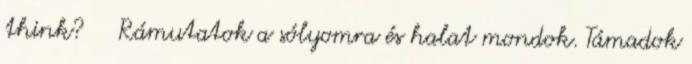
think? Rámutatok a sólyomra és halat mondok. Támadok